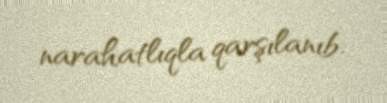
narahatlıqla qarşılanıb.